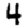
Digit: 4